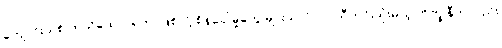
ကျောင်းသစ် တည်ထောင်ရတာဖြစ်လို့ စိန်ခေါ်မှုတွေ များသလို လာသီတင်းသုံးမယ့် ဘိက္ခုနီကလည်း